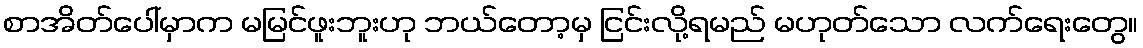
စာအိတ်ပေါ်မှာက မမြင်ဖူးဘူးဟု ဘယ်တော့မှ ငြင်းလို့ရမည် မဟုတ်သော လက်ရေးတွေ။